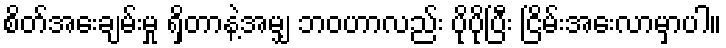
စိတ်အေးချမ်းမှု ရှိတာနဲ့အမျှ ဘဝဟာလည်း ပိုပိုပြီး ငြိမ်းအေးလာမှာပါ။